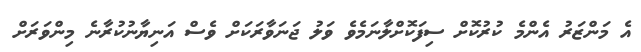
އެ މަންޒަރު އެންމެ ކުރުކޮށް ސިފަކޮށްލާނަމެވެ ވަލު ޖަނަވާރަކަށް ވެސް އަނިޔާނުކުރާނެ މިންވަރަށް